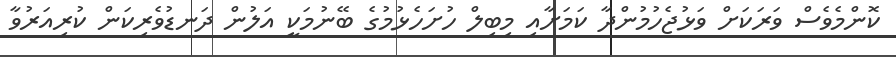
ކޮންމެވެސް ވަރަކަށް ވަޅުޖެހުމުންދާ ކަމަށާއި މިބިލް ހުށަހެޅުމުގެ ބޭނުމަކީ އަލުން ދަނޑުވެރިކަން ކުރިއަރުވާ